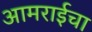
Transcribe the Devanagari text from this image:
आमराईचा